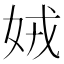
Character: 娀